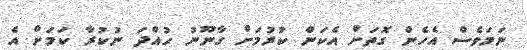
ނަމަވެސް އެހެން ގޮތަށް އެކަން ކުރުމަށް ގާނޫނު ހުއްދަ ނުކުރާ ކަމަށް އެ